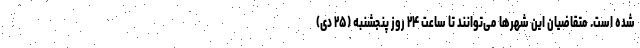
شده است. متقاضیان این شهرها می‌توانند تا ساعت ۲۴ روز پنجشنبه (۲۵ دی)